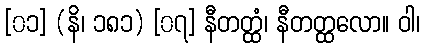
[၀၁] (နိ၊ ၁၈၁) [၀၇] နီတတ္ထံ၊ နီတတ္ထလော။ ဝါ၊